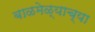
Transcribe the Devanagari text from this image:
बाळमेळ्याच्या